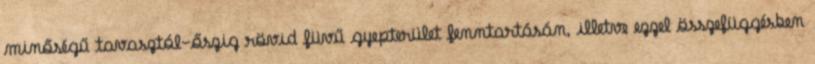
minőségű tavasztól-őszig rövid füvű gyepterület fenntartásán, illetve ezzel összefüggésben